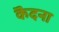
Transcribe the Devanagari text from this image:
कॆदना